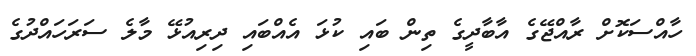
ހާއްސަކޮށް ރާއްޖޭގެ އާބާދީގެ ތިން ބައި ކުޅަ އެއްބައި ދިރިއުޅޭ މާލެ ސަރަހައްދުގެ